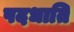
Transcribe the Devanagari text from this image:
पदधाति